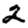
Digit: 2